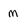
Character: M